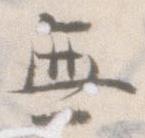
無